Statistical return of the lunatic asylum in Assam - 1912-1932
Year: 1912
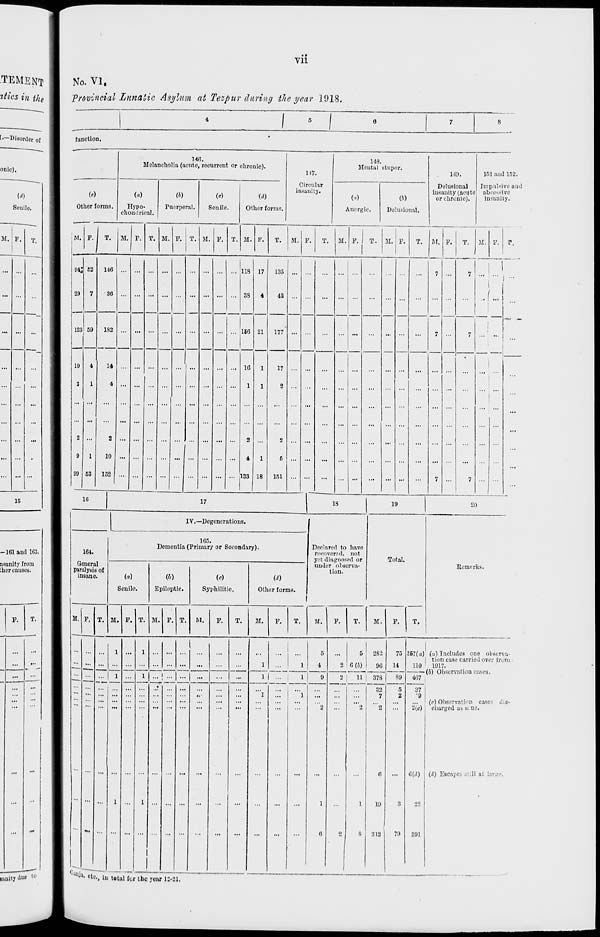
Vll
.TEMENT
%tics in the
[.—Disorder of
onic).
(rf)
Senile.
M. F. T.
15
-161 and 1C3.
asanity from
ihcr causes.
F.
T.
...
...
No. VI,
'Provincial Lunatic Asylum at Tezpur during the year 1918.
I ■ I
function.
HO.
Melancholia (acute, recurrent or chronic).
M7.
148.
Mental stupor.
149.
161 and 152.
Other forms.
(«)
Hypo-
chondrical.
(&)
Fuerperal.
(•)
Senile.
(d)
Other forms.
Circular
insanity.
(a)
Anergic.
Delusional.
Delusional
insanity (acute
or chronic).
Impulsive and
abcessive
insanity.
M. 'j
r. M. F. T. M F. T. M. F. T. M. P. T. M. P. T. M. F. T. M. F. T. M. F. T. M. F. r.
04J
29
123
10
3
2
9
99
52
7
59
4
1
1
53
140
30
182
14
4
2
10
152 ...
...
... ...
...
...
... ...
118
38
160
10
1
2
4
133
17
4
21
1
1
1
18
135
42
...
...
...
...
...
...
...
7
7
7
|
(
1
...
I
...
177
...
...
...
...
...
7
17
2
G
151
...
...
...
7
7
...
...
10
17
1 18
19
20
IV.—Degenerations.
Declared to have
recovered, not
yet diagnospd or
under observa-
tion.
Total.
164.
General
paralysis of
insane.
1.
165.
Dementia (Primary or Secondary).
(a)
Senile.
(6)
Epileptic
(<0
.
Syphilitic.
Other forms.
Iiomnrks.
M. F. T. M. F. T. Rl. F. 1 1!.
M.
F.
T.
M.
F.
T.
M.
F.
T.
M.
F.
T.
va-
oni
...
1
1
1
...
1 ... ... .
1
...
1
...
1
5
4
9
2
5
6(6)
282
f)G
75
14
367(a) («) Includes one obsci
[ tion case carried over li
110
1917.
...
1
1
... ' ...|. ..| ...
...
1| ... I
1
2
11 1 378
89
407 1
...
i
"l
...
"l
2
1
0
2
2
1
8
32
7
2
0
19
312
1
B
2
3
79
37
•9
2(«)
6(d)
22
S01
eh
w
Observation
irged as si i
Escape. .
cat:
le.
11 at
c-' dig-
muitydue W
•tOi, iu total for the year 12-21.
m